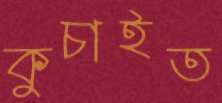
কুচাইত